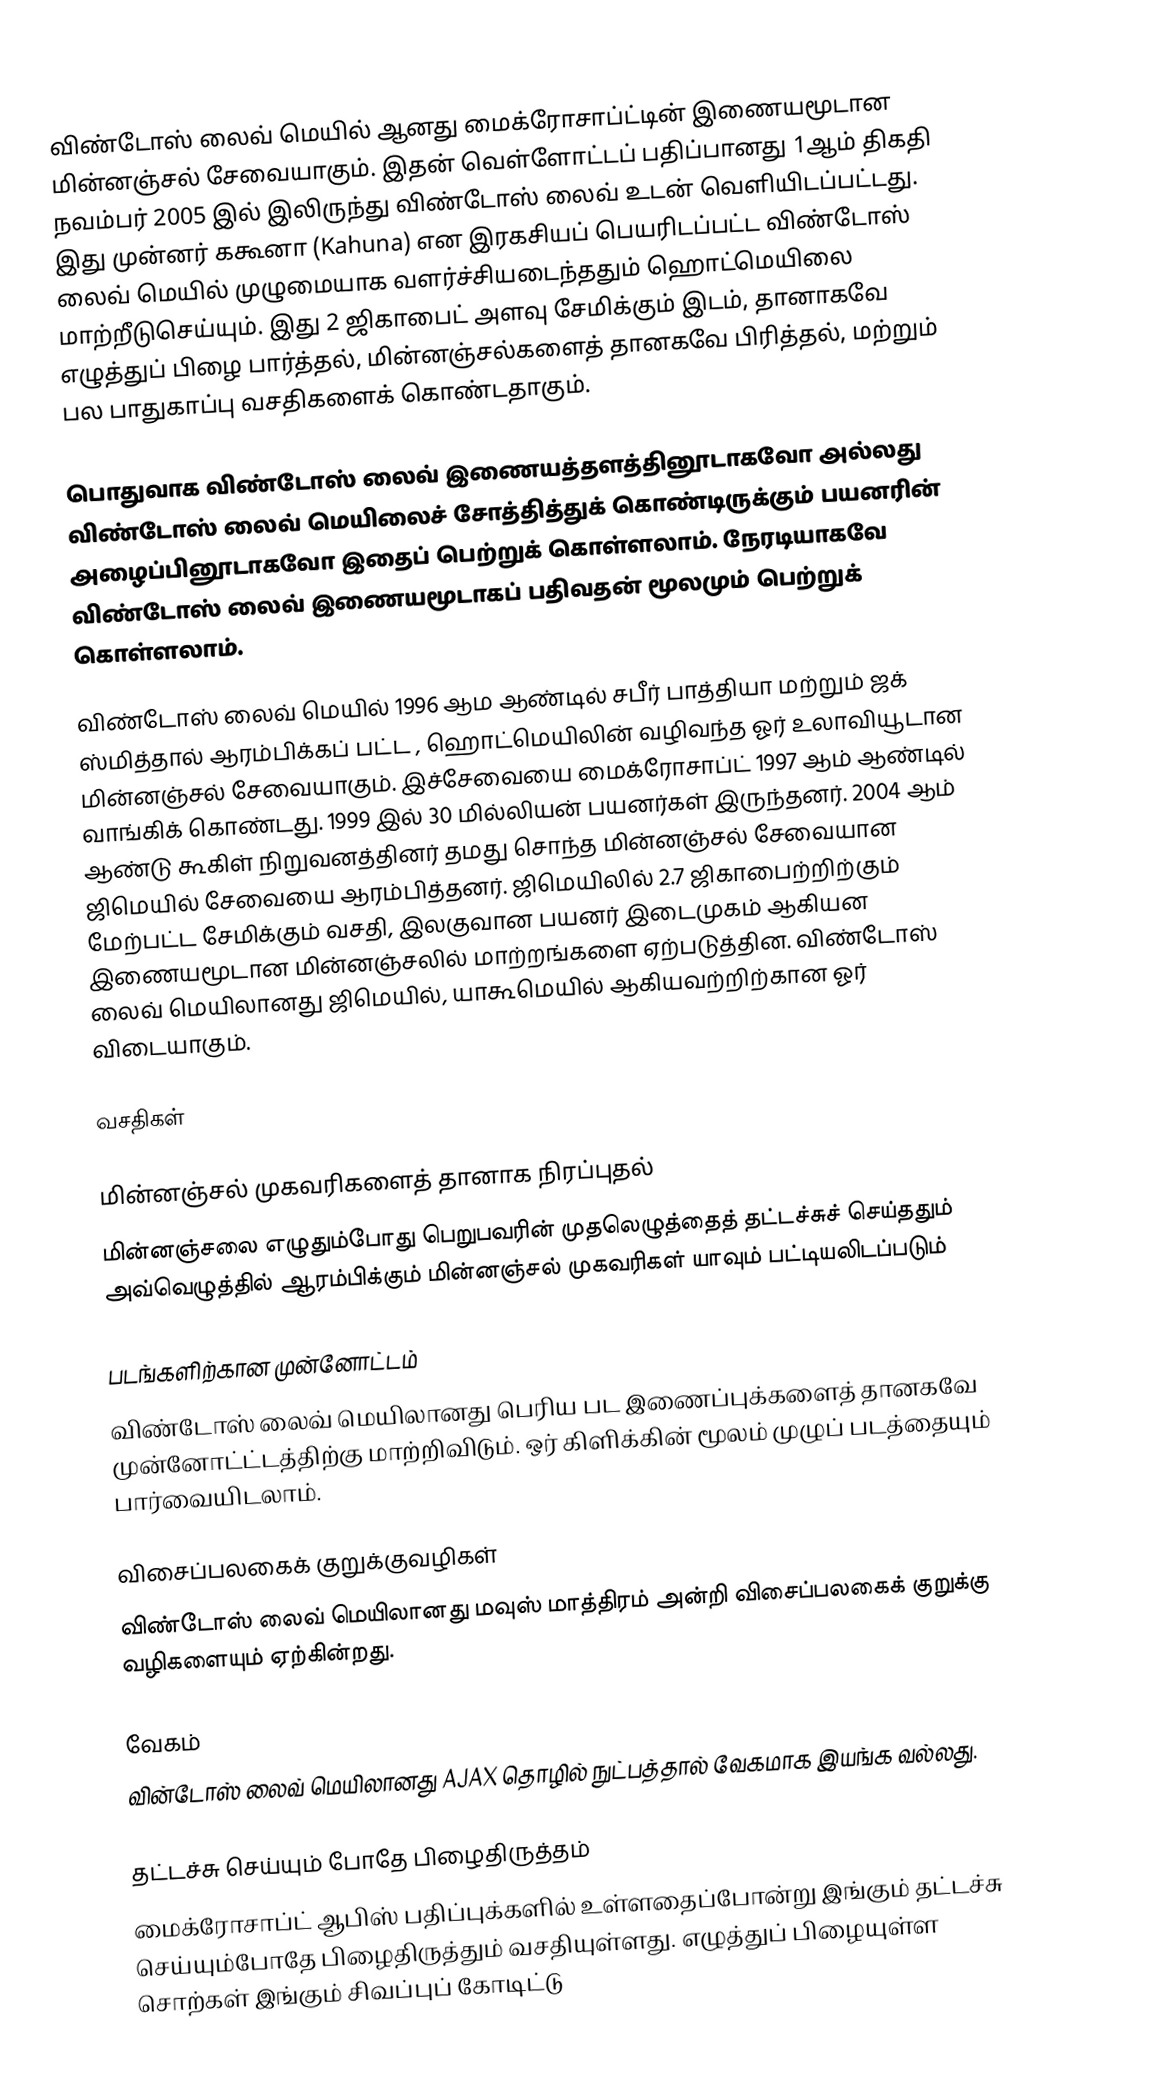
விண்டோஸ் லைவ் மெயில் ஆனது மைக்ரோசாப்ட்டின் இணையமூடான மின்னஞ்சல் சேவையாகும். இதன் வெள்ளோட்டப் பதிப்பானது 1ஆம் திகதி நவம்பர் 2005 இல் இலிருந்து விண்டோஸ் லைவ் உடன் வெளியிடப்பட்டது. இது முன்னர் ககூனா (Kahuna) என இரகசியப் பெயரிடப்பட்ட விண்டோஸ் லைவ் மெயில் முழுமையாக வளர்ச்சியடைந்ததும் ஹொட்மெயிலை மாற்றீடுசெய்யும். இது 2 ஜிகாபைட் அளவு சேமிக்கும் இடம், தானாகவே எழுத்துப் பிழை பார்த்தல், மின்னஞ்சல்களைத் தானகவே பிரித்தல்,  மற்றும் பல பாதுகாப்பு வசதிகளைக் கொண்டதாகும்.

பொதுவாக விண்டோஸ் லைவ் இணையத்தளத்தினூடாகவோ அல்லது விண்டோஸ் லைவ் மெயிலைச் சோத்தித்துக் கொண்டிருக்கும் பயனரின் அழைப்பினூடாகவோ இதைப் பெற்றுக் கொள்ளலாம். நேரடியாகவே விண்டோஸ் லைவ் இணையமூடாகப் பதிவதன் மூலமும் பெற்றுக் கொள்ளலாம்.

விண்டோஸ் லைவ் மெயில் 1996 ஆம ஆண்டில் சபீர் பாத்தியா மற்றும் ஜக் ஸ்மித்தால் ஆரம்பிக்கப் பட்ட , ஹொட்மெயிலின் வழிவந்த ஓர் உலாவியூடான மின்னஞ்சல் சேவையாகும்.  இச்சேவையை மைக்ரோசாப்ட் 1997 ஆம் ஆண்டில் வாங்கிக் கொண்டது. 1999 இல் 30 மில்லியன் பயனர்கள் இருந்தனர். 2004 ஆம் ஆண்டு கூகிள் நிறுவனத்தினர் தமது சொந்த மின்னஞ்சல் சேவையான ஜிமெயில் சேவையை ஆரம்பித்தனர். ஜிமெயிலில் 2.7 ஜிகாபைற்றிற்கும் மேற்பட்ட சேமிக்கும் வசதி, இலகுவான பயனர் இடைமுகம் ஆகியன இணையமூடான மின்னஞ்சலில் மாற்றங்களை ஏற்படுத்தின. விண்டோஸ் லைவ் மெயிலானது ஜிமெயில், யாகூமெயில் ஆகியவற்றிற்கான ஓர் விடையாகும்.

வசதிகள்

மின்னஞ்சல் முகவரிகளைத் தானாக நிரப்புதல்
மின்னஞ்சலை எழுதும்போது பெறுபவரின் முதலெழுத்தைத் தட்டச்சுச் செய்ததும் அவ்வெழுத்தில் ஆரம்பிக்கும் மின்னஞ்சல் முகவரிகள் யாவும் பட்டியலிடப்படும்

படங்களிற்கான முன்னோட்டம்
விண்டோஸ் லைவ் மெயிலானது பெரிய பட இணைப்புக்களைத் தானகவே முன்னோட்ட்டத்திற்கு மாற்றிவிடும். ஒர் கிளிக்கின் மூலம் முழுப் படத்தையும் பார்வையிடலாம்.

விசைப்பலகைக் குறுக்குவழிகள்
விண்டோஸ் லைவ் மெயிலானது மவுஸ் மாத்திரம் அன்றி விசைப்பலகைக் குறுக்கு வழிகளையும் ஏற்கின்றது.

வேகம்
வின்டோஸ் லைவ் மெயிலானது AJAX தொழில் நுட்பத்தால் வேகமாக இயங்க வல்லது.

தட்டச்சு செய்யும் போதே பிழைதிருத்தம்
மைக்ரோசாப்ட் ஆபிஸ் பதிப்புக்களில் உள்ளதைப்போன்று இங்கும் தட்டச்சு செய்யும்போதே பிழைதிருத்தும் வசதியுள்ளது. எழுத்துப்  பிழையுள்ள சொற்கள் இங்கும் சிவப்புப் கோடிட்டு